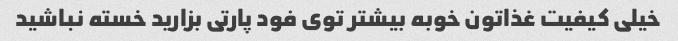
خیلی کیفیت غذاتون خوبه بیشتر توی فود پارتی بزارید خسته نباشید